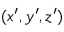
( x ^ { \prime } , y ^ { \prime } , z ^ { \prime } )